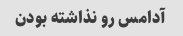
آدامس رو نذاشته بودن